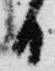
日